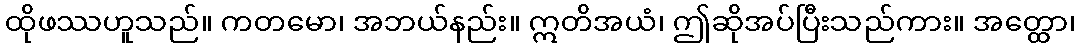
ထိုဖဿဟူသည်။ ကတမော၊ အဘယ်နည်း။ ဣတိအယံ၊ ဤဆိုအပ်ပြီးသည်ကား။ အတ္ထော၊